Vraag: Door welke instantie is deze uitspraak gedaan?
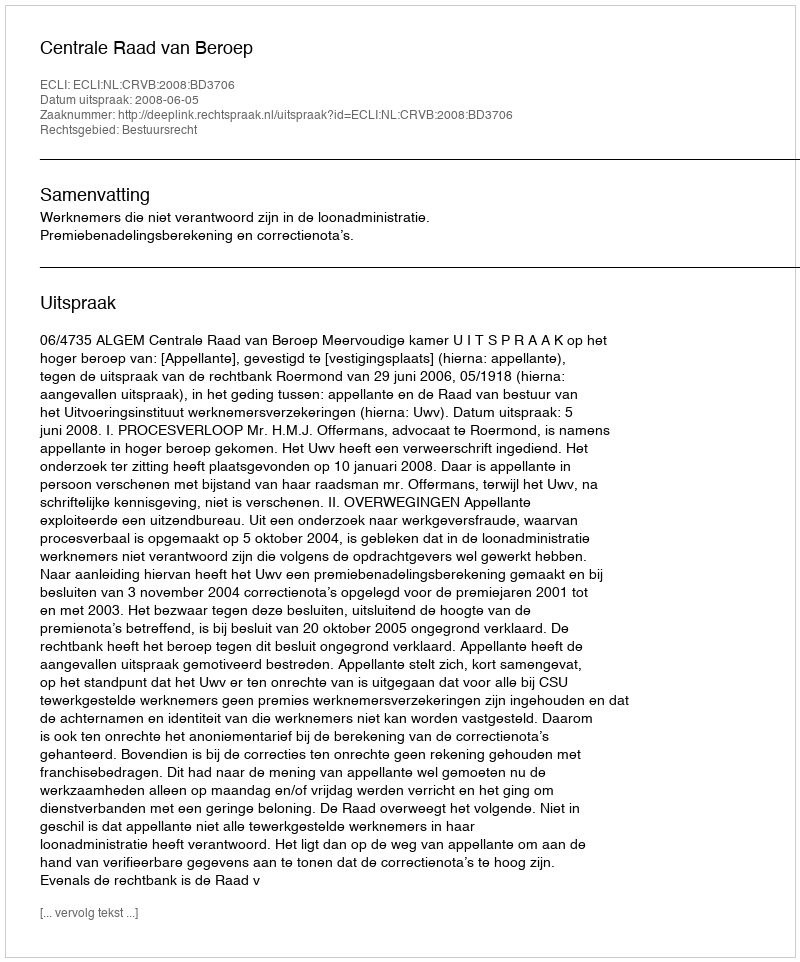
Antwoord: Centrale Raad van Beroep